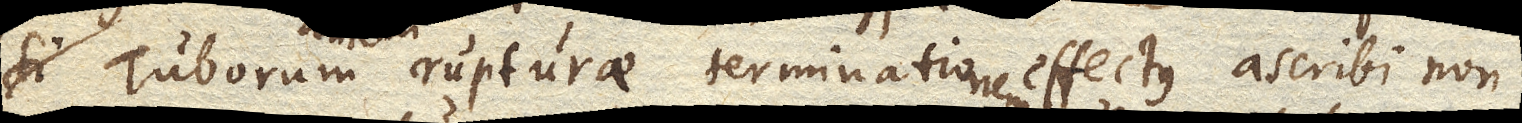
si Tuborum rupturae terminationem effectus ascribi non